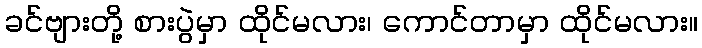
ခင်ဗျားတို့ စားပွဲမှာ ထိုင်မလား၊ ကောင်တာမှာ ထိုင်မလား။